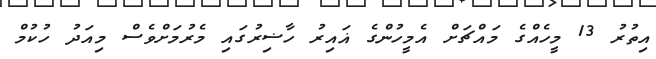
އިތުރު 13 މީހެއްގެ މައްޗަށް އެމީހުންގެ ޣައިރު ހާޟިރުގައި މެރުމަށްވެސް މިއަދު ހުކުމް